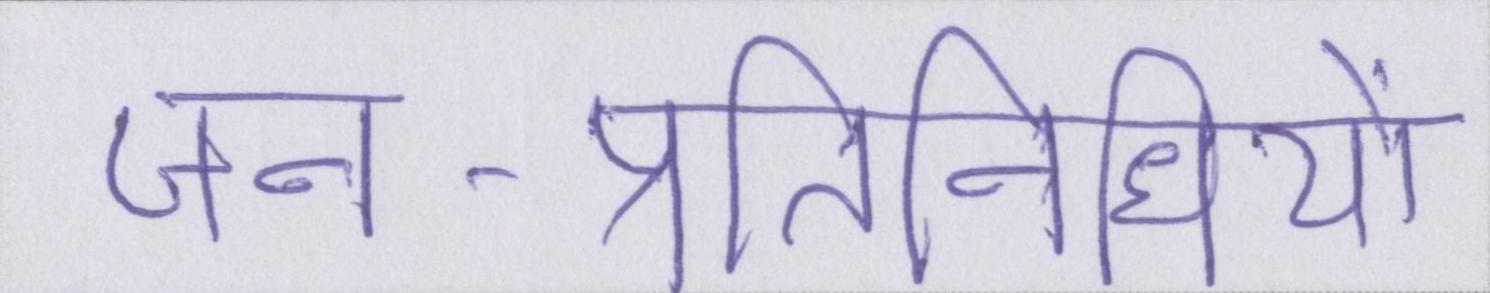
जन-प्रतिनिधियों